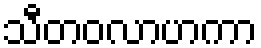
သီတဝလာဟကာ